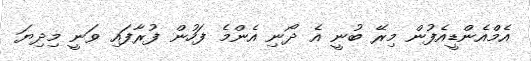
އެމްއެންޑީއެފުން މިރޭ ބުނީ އެ ދޯނި އެންމެ ފަހުން ފުރާފައި ވަނީ މިދިޔަ